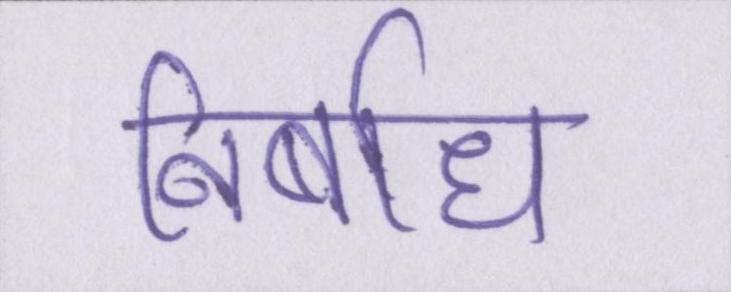
निर्बाध